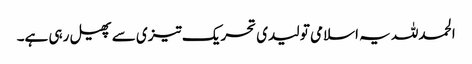
الحمدللہ یہ اسلامی تو لیدی تحریک تیزی سے پھیل رہی ہے۔